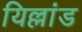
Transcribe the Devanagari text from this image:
यिल्लांड